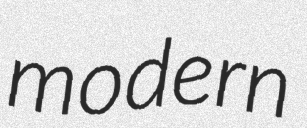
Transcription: modern